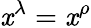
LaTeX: \mathit{x}^{\lambda}=\mathit{x}^{\rho}